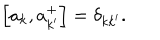
\left[ a _ { k } , a _ { k ^ { \prime } } ^ { + } \right] = \delta _ { k k ^ { \prime } } .